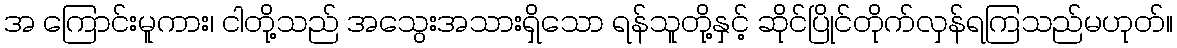
အ ကြောင်းမူကား၊ ငါတို့သည် အသွေးအသားရှိသော ရန်သူတို့နှင့် ဆိုင်ပြိုင်တိုက်လှန်ရကြသည်မဟုတ်။